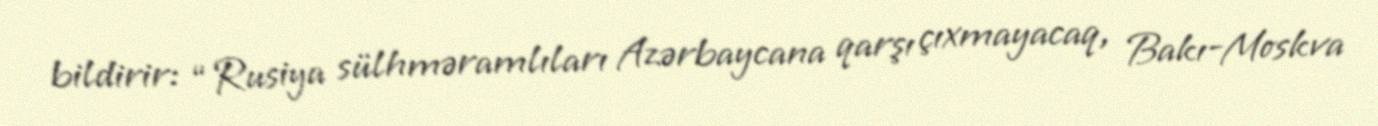
bildirir: “Rusiya sülhməramlıları Azərbaycana qarşı çıxmayacaq, Bakı-Moskva